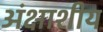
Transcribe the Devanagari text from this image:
अंक्षाशीय